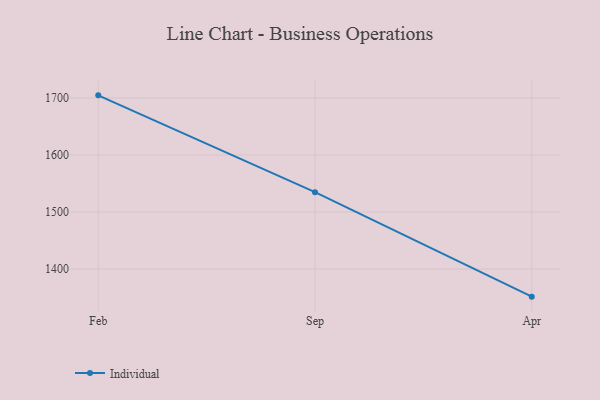
{"axis": {"x": "Month", "y": "Active Users"}, "legend": ["Individual"], "data": [{"x": "Feb", "y": 1704.5, "type": "Individual"}, {"x": "Sep", "y": 1534.8, "type": "Individual"}, {"x": "Apr", "y": 1351.7, "type": "Individual"}]}